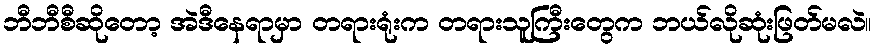
ဘီဘီစီဆိုတော့ အဲဒီနေရာမှာ တရားရုံးက တရားသူကြီးတွေက ဘယ်လိုဆုံးဖြတ်မလဲ။